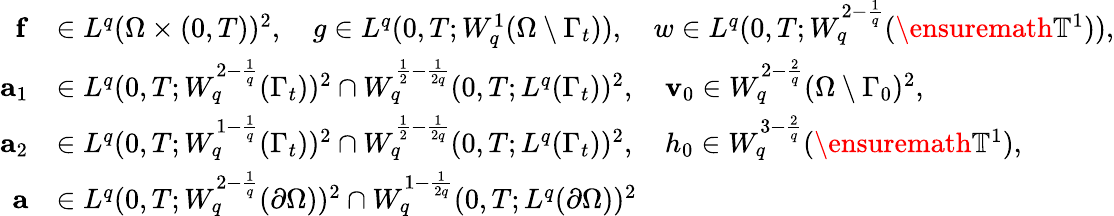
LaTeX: \begin{array}{rl}{\mathbf{f}}&{\in L^{q}(\Omega\times(0,T))^{2},\quad g\in L^{q}(0,T;W_{q}^{1}(\Omega\setminus\Gamma_{t})),\quad w\in L^{q}(0,T;W_{q}^{2-\frac 1q}(\ensuremath{\mathbb{T}}^{1})),}\\ {\mathbf{a}_{1}}&{\in L^{q}(0,T;W_{q}^{2-\frac 1q}(\Gamma_{t}))^{2}\cap W_{q}^{\frac 12-\frac 1{2q}}(0,T;L^{q}(\Gamma_{t}))^{2},\quad\mathbf{v}_{0}\in W_{q}^{2-\frac 2q}(\Omega\setminus\Gamma_{0})^{2},}\\ {\mathbf{a}_{2}}&{\in L^{q}(0,T;W_{q}^{1-\frac 1q}(\Gamma_{t}))^{2}\cap W_{q}^{\frac 12-\frac 1{2q}}(0,T;L^{q}(\Gamma_{t}))^{2},\quad h_{0}\in W_{q}^{3-\frac 2q}(\ensuremath{\mathbb{T}}^{1}),}\\ {\mathbf{a}}&{\in L^{q}(0,T;W_{q}^{2-\frac 1q}(\partial\Omega))^{2}\cap W_{q}^{1-\frac 1{2q}}(0,T;L^{q}(\partial\Omega))^{2}}\end{array}